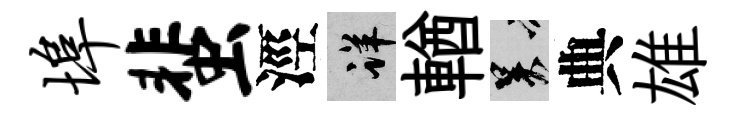
埠蜚涇详輶吴典雄